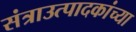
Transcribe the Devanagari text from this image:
संत्राउत्पादकांच्या